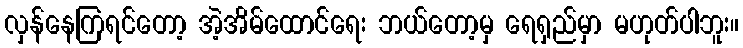
လှန်နေကြရင်တော့ အဲ့အိမ်ထောင်ရေး ဘယ်တော့မှ ရေရှည်မှာ မဟုတ်ပါဘူး။